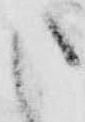
申